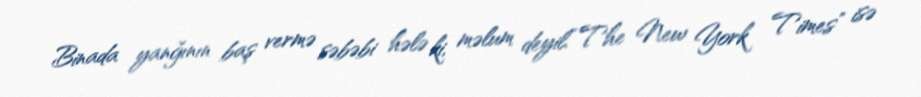
Binada yanğının baş vermə səbəbi hələ ki, məlum deyil.“The New York Times” isə